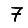
Digit: 7